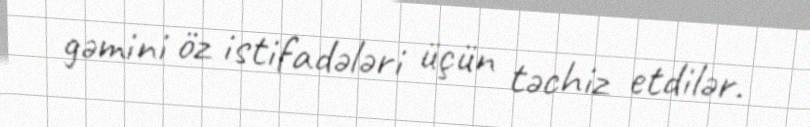
gəmini öz istifadələri üçün təchiz etdilər.